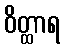
ဝိတ္ထာရ